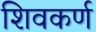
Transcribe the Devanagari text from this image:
शिवकर्ण